Bombay plague: being a history of the progress of plague in the Bombay presidency from September 1896 to June 1899
Year: 1896
Disease focus: Plague
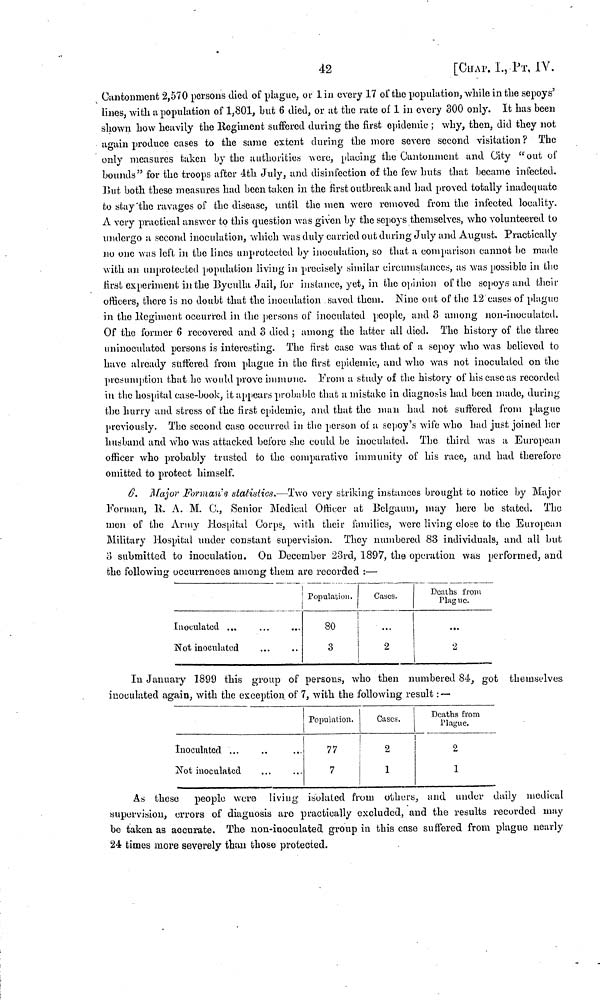
42
[CHAP. i., ΡT. IV.
Cantonment 2,570 persons died of plague, or 1 in every 17 of the population, while in the sepoys'
lines, with u population of 1,801, but 6 died, or at the rate of 1 in every 300 only. It has been
shown how heavily the Regiment suffered during the first epidemic ; why, then, did they not
again produce cases to the same extent during the more severe second visitation? The
only measures taken by the authorities were, placing the Cantonment und City "out of
bounds" for the troops after 4th July, and disinfection of the few huts that became infected.
But both these measures had been taken in the first outbreak and had proved totally inadequate
to stay the ravages of the disease, until the men were removed from the infected locality.
Λ very practical answer to this question was given by the sepoys themselves, who volunteered to
undergo a second inoculation, which was duly carried out during July and August. Practically
no one was left in the lines unprotected by inoculation, so that a comparison cannot be made
with an unprotected population living in precisely similar circumstances, as was possible in the
first experiment in the Byculla Jail, for instance, yet, in the opinion of the sepoys and their
officers, there is no doubt that the inoculation saved them. Nine out of the 12 cases of plague
in the Regiment occurred in the persons of inoculated people, and o among non-inoculated.
Of the former 6 recovered and 3 died ; among the latter all died. The history of the three
uninoculated persons is interesting. The first case was that of a sepoy who was believed to
have already suffered from plague in the first epidemic, and who was not inoculated on the
presumption that he would prove immune. From a study of the history of his case as recorded
in the hospital case-book, it appears probable that a mistake in diagnosis had been made, during
the hurry and stress of the first epidemic, and that the man had not suffered from plague
previously. The second case occurred in the person of a sepoy's wife who had just joined her
husband and who was attacked before she could be inoculated. The third was a European
officer who probably trusted to the comparative immunity of his race, and had therefore
omitted to protect himself.
6. Major Forman's statistics.—Two very striking instances brought to notice by Major
Forman, R. A. Μ. C., Senior Medical Officer at Belgaum, may here be stated. The
men of the Army Hospital Corps, with their families, were living close to the European
Military Hospital under constant supervision. They numbered 83 individuals, and all but
o submitted to inoculation. On December 23rd, 1897, the operation was performed, and
the following occurrences among them are recorded :—
Inoculated ...
Not inoculated
Population.
80
3
Cases.
2
Deaths from
Plague.
...
2
In January 1899 this group of persons, who then numbered 84, got themselves
inoculated again, with the exception of 7, with the following result :—
Inoculated
Not inoculated
Population.
77
7
Cases.
2
1
Deaths from
Plague.
2
1
As these
people were living isolated from others, and under daily medical
supervision, errors of diagnosis are practically excluded, and the results recorded may
be taken as accurate. The non-inoculated group in this case suffered from plague nearly
24 times more severely than those protected.